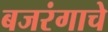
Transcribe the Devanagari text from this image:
बजरंगाचे